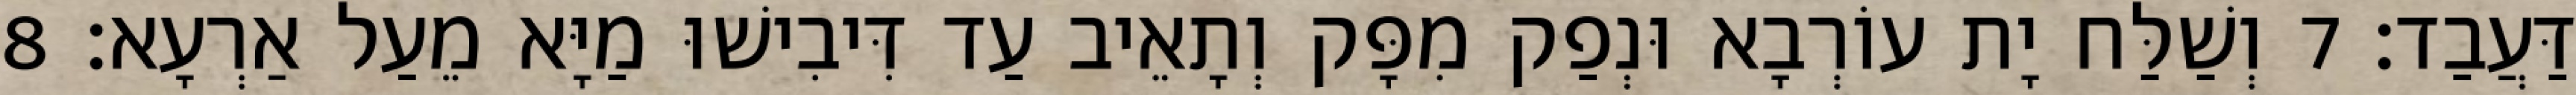
דַּעֲבַד׃ 7 וְשַׁלַּח יָת עוֹרְבָא וּנְפַק מִפָּק וְתָאֵיב עַד דִּיבִישׁוּ מַיָּא מֵעַל אַרְעָא׃ 8